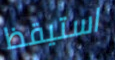
استيقظ